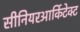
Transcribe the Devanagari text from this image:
सीनियरआर्किटेक्ट